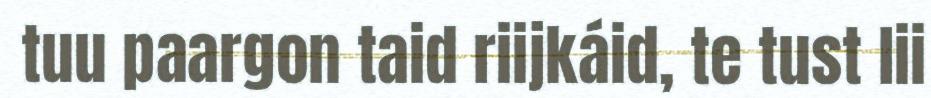
tuu paargon taid riijkáid, te tust lii